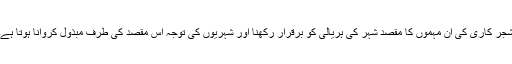
شجر کاری کی ان مہموں کا مقصد شہر کی ہریالی کو برقرار رکھنا اور شہریوں کی توجہ اس مقصد کی طرف مبذول کروانا ہوتا ہے۔